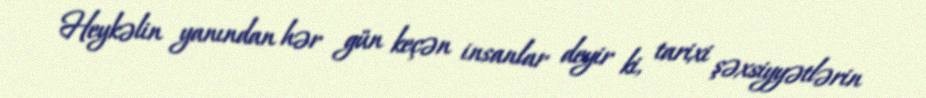
Heykəlin yanından hər gün keçən insanlar deyir ki, tarixi şəxsiyyətlərin